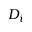
D _ { i }